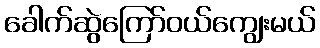
ခေါက်ဆွဲကြော်ဝယ်ကျွေးမယ်